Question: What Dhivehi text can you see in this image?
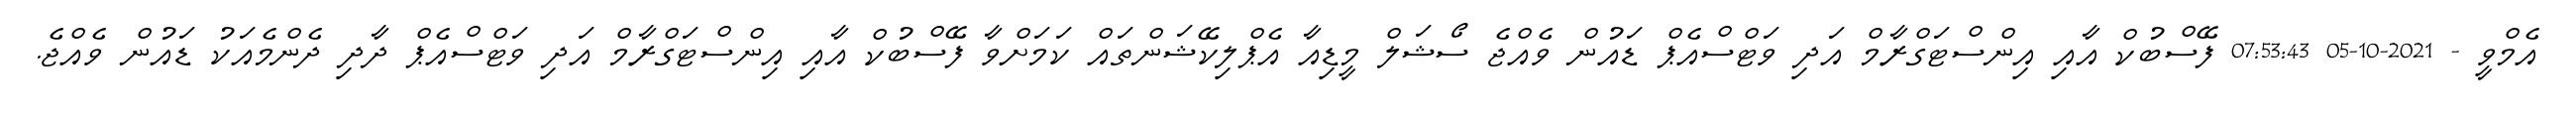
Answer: އެމްވީ - 2021-10-05 07:53:43 ފޭސްބުކް އާއި އިންސްޓަގްރާމް އަދި ވަޓްސްއެޕް ޑައުން ވެއްޖެ ސޯޝަލް މީޑިއާ އެޕްލިކޭޝަންތައް ކަމަށްވާ ފޭސްބުކް އާއި އިންސްޓަގްރާމް އަދި ވަޓްސްއެޕް ދާދި ދެންމެއަކު ޑައުން ވެއްޖެ.